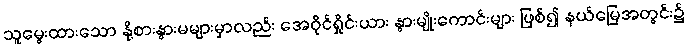
သူမွေးထားသော နို့စားနွားမများမှာလည်း အေဝိုင်ရှိုင်းယား နွားမျိုးကောင်းများ ဖြစ်၍ နယ်မြေအတွင်း၌